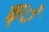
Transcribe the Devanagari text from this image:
क्े